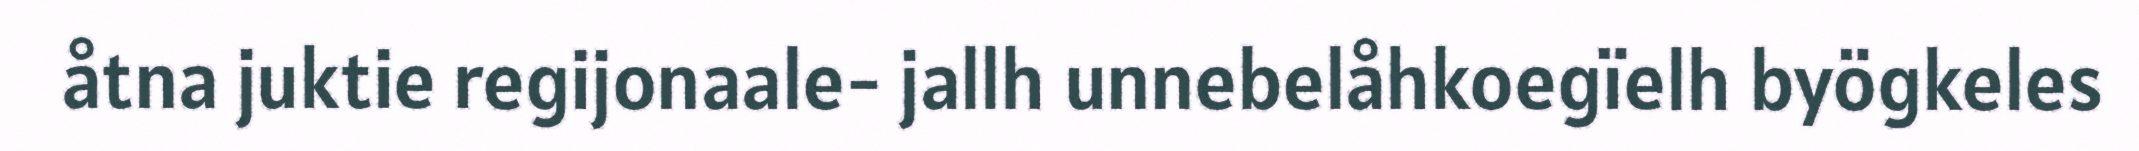
åtna juktie regijonaale- jallh unnebelåhkoegïelh byögkeles